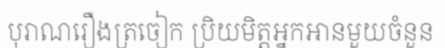
បុរាណរឿងត្រចៀក ប្រិយមិត្តអ្នកអានមួយចំនួន